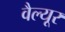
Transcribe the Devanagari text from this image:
वैल्यूर